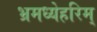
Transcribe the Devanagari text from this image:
भ्रमध्येहरिम्